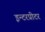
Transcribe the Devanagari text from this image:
इन्टरप्रीटर